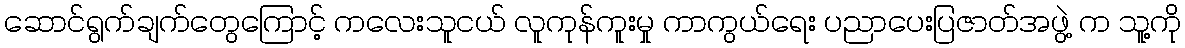
ဆောင်ရွက်ချက်တွေကြောင့် ကလေးသူငယ် လူကုန်ကူးမှု ကာကွယ်ရေး ပညာပေးပြဇာတ်အဖွဲ့ က သူ့ကို